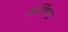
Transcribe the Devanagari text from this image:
कलिंगचा